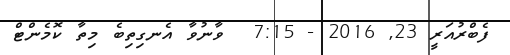
ފެބްރުއަރީ 23